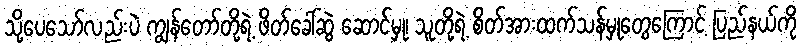
သို့ပေသော်လည်းပဲ ကျွန်တော်တို့ရဲ့ ဖိတ်ခေါ်ဆွဲ ဆောင်မှု၊ သူတို့ရဲ့ စိတ်အားထက်သန်မှုတွေကြောင့် ပြည်နယ်ကို